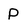
Character: P